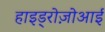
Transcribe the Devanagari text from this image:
हाइड्रोज़ोआई